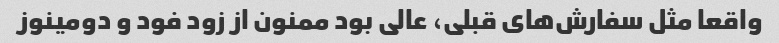
واقعا مثل سفارش‌های قبلی، عالی بود ممنون از زود فود و دومینوز